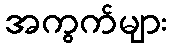
အကွက်များ